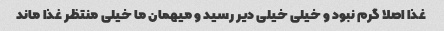
غذا اصلا گرم نبود و خیلی خیلی دیر رسید و میهمان ما خیلی منتظر غذا ماند